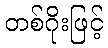
တစ်ဂိုးဖြင့်